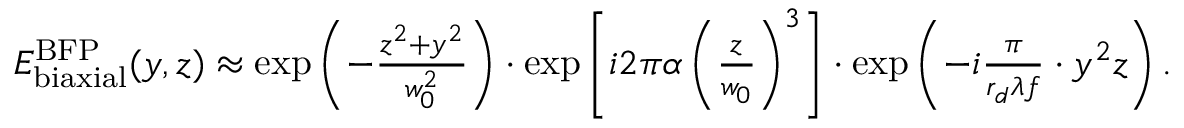
\begin{array} { r } { E _ { \mathrm { b i a x i a l } } ^ { \mathrm { B F P } } ( y , z ) \approx \exp \left( - \frac { z ^ { 2 } + y ^ { 2 } } { w _ { 0 } ^ { 2 } } \right) \cdot \exp \left[ i 2 \pi \alpha \left( \frac { z } { w _ { 0 } } \right) ^ { 3 } \right] \cdot \exp \left( - i \frac { \pi } { r _ { d } \lambda f } \cdot y ^ { 2 } z \right) . } \end{array}